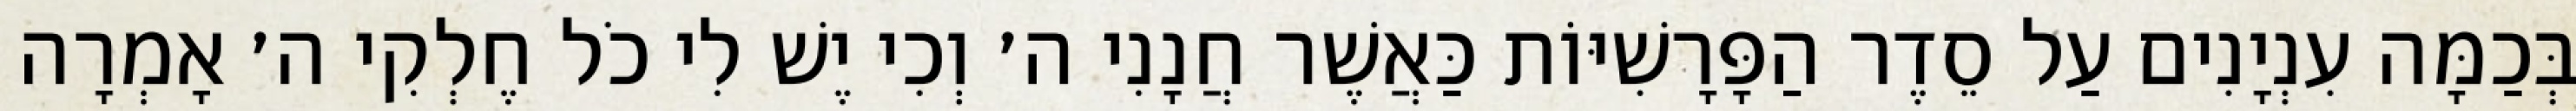
בְּכַמָּה עִנְיָנִים עַל סֵדֶר הַפָּרָשִׁיּוֹת כַּאֲשֶׁר חֲנָנִי ה׳ וְכִי יֶשׁ לִי כֹל חֶלְקִי ה׳ אָמְרָה